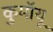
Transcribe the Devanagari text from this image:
कुमॉयू